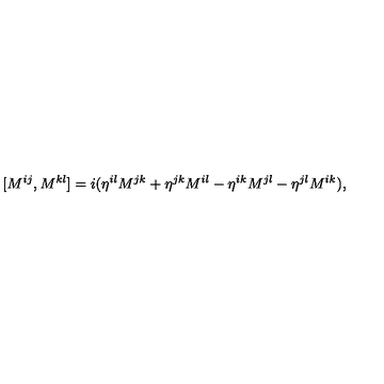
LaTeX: [ M ^ { i j } , M ^ { k l } ] = i ( \eta ^ { i l } M ^ { j k } + \eta ^ { j k } M ^ { i l } - \eta ^ { i k } M ^ { j l } - \eta ^ { j l } M ^ { i k } ) ,